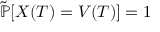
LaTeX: { \tilde { \mathbb { P } } } [ X ( T ) = V ( T ) ] = 1